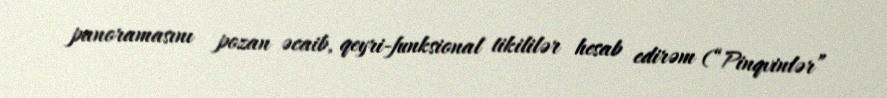
panoramasını pozan əcaib, qeyri-funksional tikililər hesab edirəm (“Pinqvinlər”